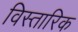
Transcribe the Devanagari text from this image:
विस्तारिक